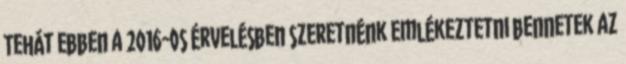
Tehát ebben a 2016-os érvelésben szeretnénk emlékeztetni bennetek az